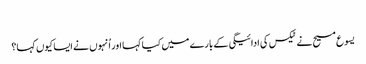
‏
یسوع مسیح نے ٹیکس کی ادائیگی کے بارے میں کیا کہا اور اُنہوں نے ایسا کیوں کہا؟